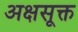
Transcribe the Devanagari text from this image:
अक्षसूक्त